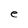
Character: e